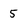
Character: 5